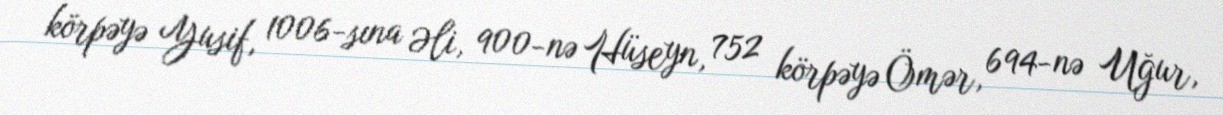
körpəyə Yusif, 1006-sına Əli, 900-nə Hüseyn, 752 körpəyə Ömər, 694-nə Uğur,